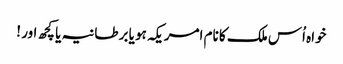
خواہ اُس ملک کا نام امریکہ ہو یا برطانیہ یا کچھ اور !